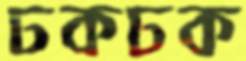
ঢকঢক